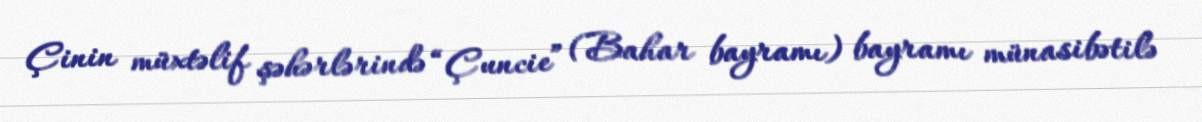
Çinin müxtəlif şəhərlərində “Çuncie” (Bahar bayramı) bayramı münasibətilə